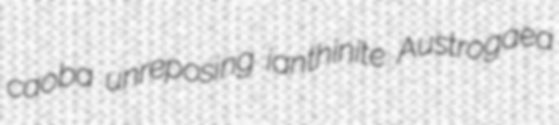
caoba unreposing ianthinite Austrogaea